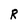
Character: R